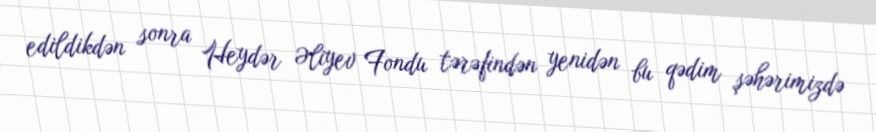
edildikdən sonra Heydər Əliyev Fondu tərəfindən yenidən bu qədim şəhərimizdə